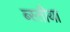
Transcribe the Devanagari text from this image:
ब्स्तीया